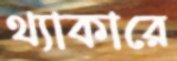
থ্যাকারে